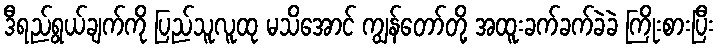
ဒီရည်ရွယ်ချက်ကို ပြည်သူလူထု မသိအောင် ကျွန်တော်တို့ အထူးခက်ခက်ခဲခဲ ကြိုးစားပြီး